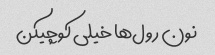
نون رول‌ها خیلی کوچیکن